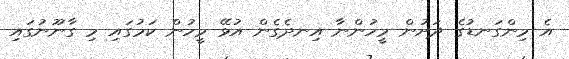
އެ މިންގަނޑުގެ ދަށުން މީހުންނާ އިނދެގެން އުޅޭ މީހުން ކަމުގައި މި ގާނޫނުގައި